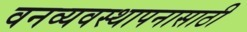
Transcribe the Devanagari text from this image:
वनव्यवस्थापनासाठी